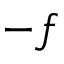
- f